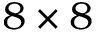
8 \times 8